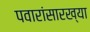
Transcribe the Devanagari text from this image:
पवारांसारख्या